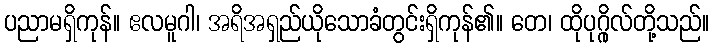
ပညာမရှိကုန်။ ဧလမူဂါ၊ အရိအရှည်ယိုသောခံတွင်းရှိကုန်၏။ တေ၊ ထိုပုဂ္ဂိုလ်တို့သည်။